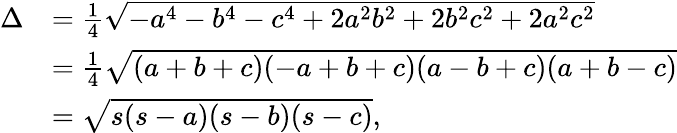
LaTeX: {\begin{array}{rl}{\Delta}&{={\frac{1}{4}}{\sqrt{-a^{4}-b^{4}-c^{4}+2a^{2}b^{2}+2b^{2}c^{2}+2a^{2}c^{2}}}}\\ &{={\frac{1}{4}}{\sqrt{(a+b+c)(-a+b+c)(a-b+c)(a+b-c)}}}\\ &{={\sqrt{s(s-a)(s-b)(s-c)}},}\end{array}}